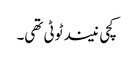
کچی نیند ٹوٹی تھی۔